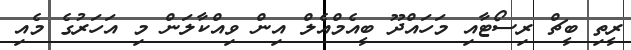
ރީތި ބީޗް ރިސޯޓާއި މަހައްދޫ ބީއެމްއެލް އިން ވިއްކާލަން މި އަހަރުގެ މެއި